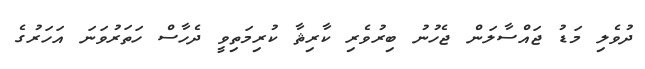
ދުވެލި މަޑު ޖައްސާލަން ޖެހުނު ބިރުވެރި ކާރިޘާ ކުރިމަތިވީ ދެހާސް ހަތަރުވަނަ އަހަރުގެ